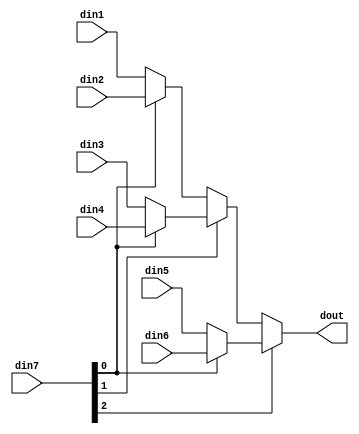
module sp_mux_6to1_sel3_12_1 #(
parameter
    ID                = 0,
    NUM_STAGE         = 1,
    din1_WIDTH       = 32,
    din2_WIDTH       = 32,
    din3_WIDTH       = 32,
    din4_WIDTH       = 32,
    din5_WIDTH       = 32,
    din6_WIDTH       = 32,
    din7_WIDTH         = 32,
    dout_WIDTH            = 32
)(
    input  [11 : 0]     din1,
    input  [11 : 0]     din2,
    input  [11 : 0]     din3,
    input  [11 : 0]     din4,
    input  [11 : 0]     din5,
    input  [11 : 0]     din6,
    input  [2 : 0]    din7,
    output [11 : 0]   dout);

// puts internal signals
wire [2 : 0]     sel;
// level 1 signals
wire [11 : 0]         mux_1_0;
wire [11 : 0]         mux_1_1;
wire [11 : 0]         mux_1_2;
// level 2 signals
wire [11 : 0]         mux_2_0;
wire [11 : 0]         mux_2_1;
// level 3 signals
wire [11 : 0]         mux_3_0;

assign sel = din7;

// Generate level 1 logic
assign mux_1_0 = (sel[0] == 0)? din1 : din2;
assign mux_1_1 = (sel[0] == 0)? din3 : din4;
assign mux_1_2 = (sel[0] == 0)? din5 : din6;

// Generate level 2 logic
assign mux_2_0 = (sel[1] == 0)? mux_1_0 : mux_1_1;
assign mux_2_1 = mux_1_2;

// Generate level 3 logic
assign mux_3_0 = (sel[2] == 0)? mux_2_0 : mux_2_1;

// output logic
assign dout = mux_3_0;

endmodule